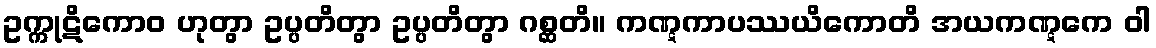
ဥက္ကုဋိကောဝ ဟုတွာ ဥပ္ပတိတွာ ဥပ္ပတိတွာ ဂစ္ဆတိ။ ကဏ္ဋကာပဿယိကောတိ အယကဏ္ဋကေ ဝါ